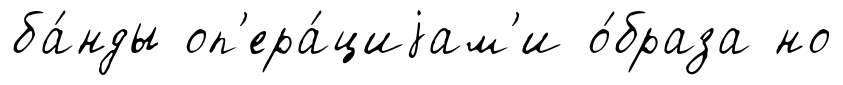
ба́нды оп'ера́циjам'и о́браза но